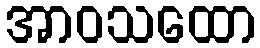
အာဝသထော